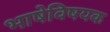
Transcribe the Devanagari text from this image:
भाषेविषयक